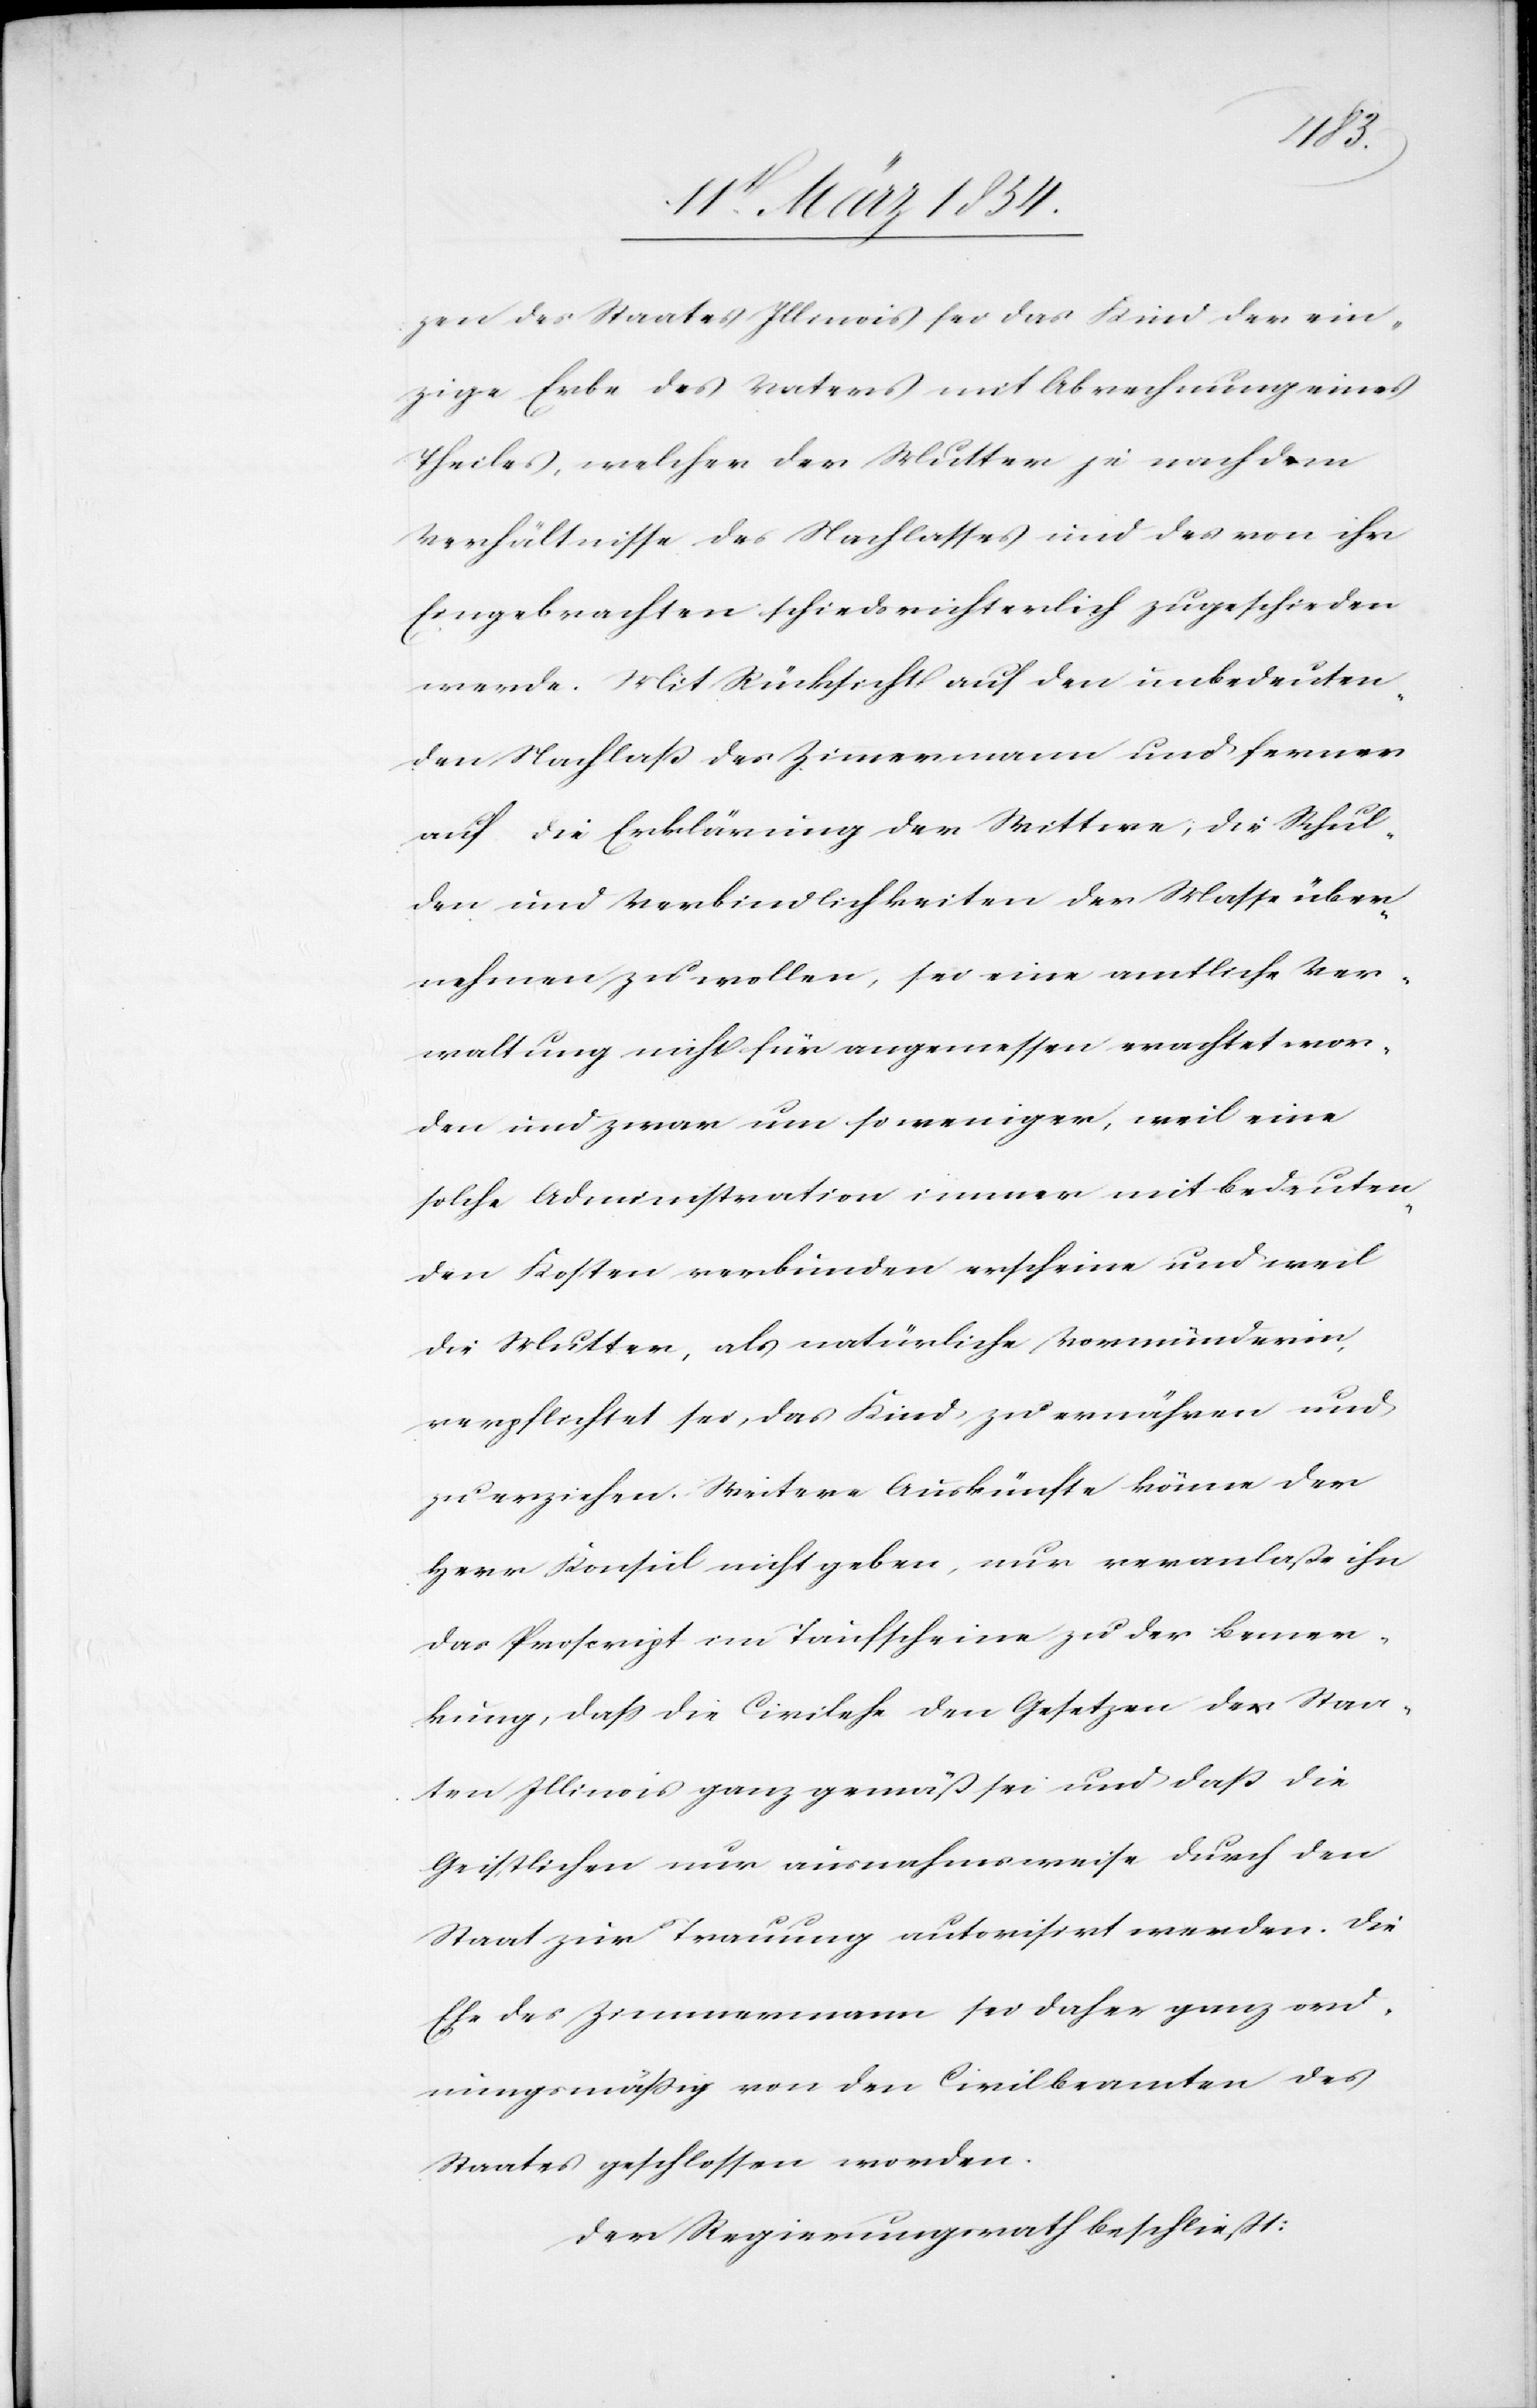
zen des Staates Illinois sei das Kind der ein¬
zige Erbe des Vaters mit Abrechnung eines
Theiles, welcher der Mutter je nach dem
Verhältnisse des Nachlasses und des von ihr
Eingebrachten schiedsrichterlich zugeschieden
werde. Mit Rücksicht auf den unbedeuten¬
den Nachlaß des Zimmermann und ferner
auf die Erklärung der Wittwe, die Schul¬
den und Verbindlichkeiten der Masse über¬
nehmen zu wollen, sei eine amtliche Ver¬
waltung nicht angemessen erachtet wor¬
den und zwar um so weniger, weil eine
solche Administration immer mit bedeuten¬
den Kosten verbunden erscheine und weil
die Mutter, als natürliche Vormünderin,
verpflichtet sei, das Kind zu ernähren und
zu erziehen. Weitere Auskunft könne der
Herr Konsul nicht geben, nur veranlaße ihn
das Proscript im Taufscheine zu der Bemer¬
kung, daß die Civilehe den Gesetzen der Staa¬
ten Illinois ganz gemäß sei und daß die
Geistlichen nur ausnahmsweise durch den
Staat zur Trauung autorisirt werden. Die
Ehe des Zimmermann sei daher ganz ord¬
nungsgemäß von den Civilbeamten des
Staates geschlossen worden.
Der Regierungsrath beschließt: